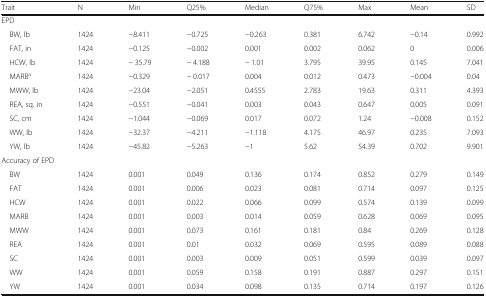
<table><thead><tr><td><b>Trait</b></td><td><b>N</b></td><td><b>Min</b></td><td><b>Q25%</b></td><td><b>Median</b></td><td><b>Q75%</b></td><td><b>Max</b></td><td><b>Mean</b></td><td><b>SD</b></td></tr></thead><tbody><tr><td colspan="9">EPD</td></tr><tr><td> BW, lb</td><td>1424</td><td>−8.411</td><td>−0.725</td><td>−0.263</td><td>0.381</td><td>6.742</td><td>−0.14</td><td>0.992</td></tr><tr><td> FAT, in</td><td>1424</td><td>−0.125</td><td>−0.002</td><td>0.001</td><td>0.002</td><td>0.062</td><td>0</td><td>0.006</td></tr><tr><td> HCW, lb</td><td>1424</td><td>− 35.79</td><td>− 4.188</td><td>− 1.01</td><td>3.795</td><td>39.95</td><td>0.145</td><td>7.041</td></tr><tr><td> MARB<sup>a</sup></td><td>1424</td><td>−0.329</td><td>− 0.017</td><td>0.004</td><td>0.012</td><td>0.473</td><td>−0.004</td><td>0.04</td></tr><tr><td> MWW, lb</td><td>1424</td><td>−23.04</td><td>−2.051</td><td>0.4555</td><td>2.783</td><td>19.63</td><td>0.311</td><td>4.393</td></tr><tr><td> REA, sq. in</td><td>1424</td><td>−0.551</td><td>−0.041</td><td>0.003</td><td>0.043</td><td>0.647</td><td>0.005</td><td>0.091</td></tr><tr><td> SC, cm</td><td>1424</td><td>−1.044</td><td>−0.069</td><td>0.017</td><td>0.072</td><td>1.24</td><td>−0.008</td><td>0.152</td></tr><tr><td> WW, lb</td><td>1424</td><td>−32.37</td><td>−4.211</td><td>−1.118</td><td>4.175</td><td>46.97</td><td>0.235</td><td>7.093</td></tr><tr><td> YW, lb</td><td>1424</td><td>−45.82</td><td>−5.263</td><td>−1</td><td>5.62</td><td>54.39</td><td>0.702</td><td>9.901</td></tr><tr><td colspan="9">Accuracy of EPD</td></tr><tr><td> BW</td><td>1424</td><td>0.001</td><td>0.049</td><td>0.136</td><td>0.174</td><td>0.852</td><td>0.279</td><td>0.149</td></tr><tr><td> FAT</td><td>1424</td><td>0.001</td><td>0.006</td><td>0.023</td><td>0.081</td><td>0.714</td><td>0.097</td><td>0.125</td></tr><tr><td> HCW</td><td>1424</td><td>0.001</td><td>0.022</td><td>0.066</td><td>0.099</td><td>0.574</td><td>0.139</td><td>0.099</td></tr><tr><td> MARB</td><td>1424</td><td>0.001</td><td>0.003</td><td>0.014</td><td>0.059</td><td>0.628</td><td>0.069</td><td>0.095</td></tr><tr><td> MWW</td><td>1424</td><td>0.001</td><td>0.073</td><td>0.161</td><td>0.181</td><td>0.84</td><td>0.269</td><td>0.128</td></tr><tr><td> REA</td><td>1424</td><td>0.001</td><td>0.01</td><td>0.032</td><td>0.069</td><td>0.595</td><td>0.089</td><td>0.088</td></tr><tr><td> SC</td><td>1424</td><td>0.001</td><td>0.003</td><td>0.009</td><td>0.051</td><td>0.599</td><td>0.039</td><td>0.097</td></tr><tr><td> WW</td><td>1424</td><td>0.001</td><td>0.059</td><td>0.158</td><td>0.191</td><td>0.887</td><td>0.297</td><td>0.151</td></tr><tr><td> YW</td><td>1424</td><td>0.001</td><td>0.034</td><td>0.098</td><td>0.135</td><td>0.714</td><td>0.197</td><td>0.126</td></tr></tbody></table>